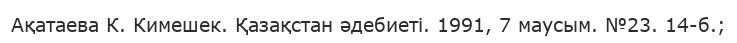
Ақатаева К. Кимешек. Қазақстан әдебиеті. 1991, 7 маусым. №23. 14-б.;